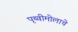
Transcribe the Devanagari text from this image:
पृथ्वीमोलाचे